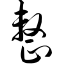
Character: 整